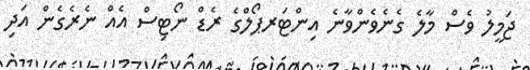
ޖަމީލު ވެސް މާލެ ގެނެވެންވާނެ އިންޓަރޕޯލްގެ ރެޑް ނޯޓިސް އެއް ނެރެގެން އަދި